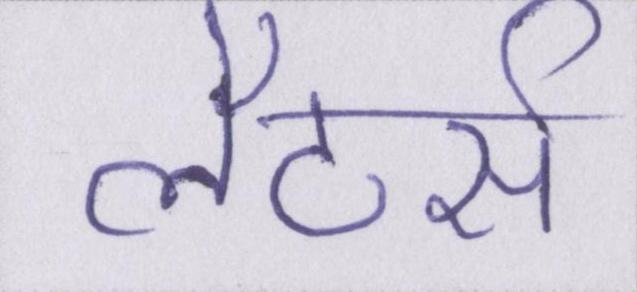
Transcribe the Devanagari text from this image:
लैटर्स